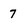
Character: 7